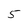
Character: 5